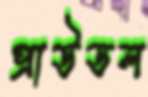
প্রাউডল